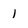
Character: 1